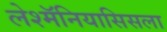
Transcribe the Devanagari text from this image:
लेश्मॅनियासिसला